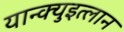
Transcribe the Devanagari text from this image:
यान्क्युइत्लान